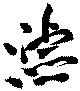
濬